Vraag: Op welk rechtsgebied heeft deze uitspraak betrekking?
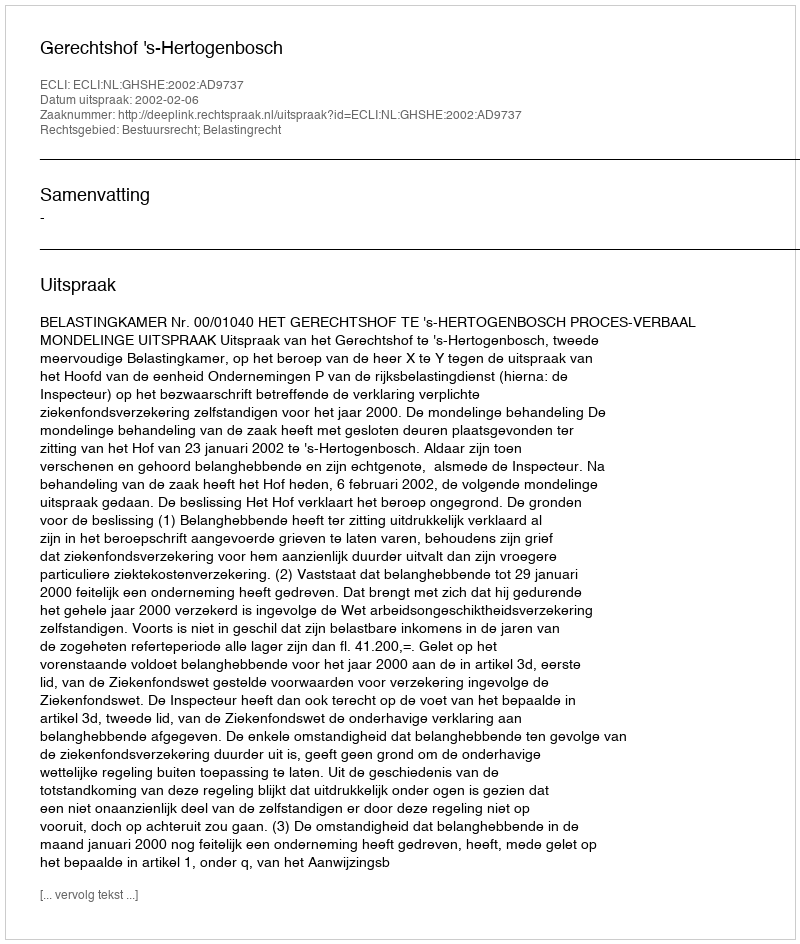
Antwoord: Bestuursrecht; Belastingrecht